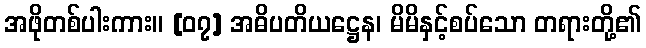
အဖိုတစ်ပါးကား။ [၀၇] အဓိပတိယဋ္ဌေန၊ မိမိနှင့်စပ်သော တရားတို့၏